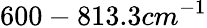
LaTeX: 600-813.3cm^{-1}